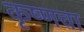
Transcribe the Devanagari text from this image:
कृष्णचा